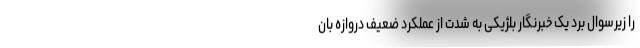
را زیرسوال برد یک خبرنگار بلژیکی به شدت از عملکرد ضعیف دروازه بان